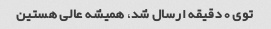
توی ٠ دقیقه ارسال شد، همیشه عالی هستین